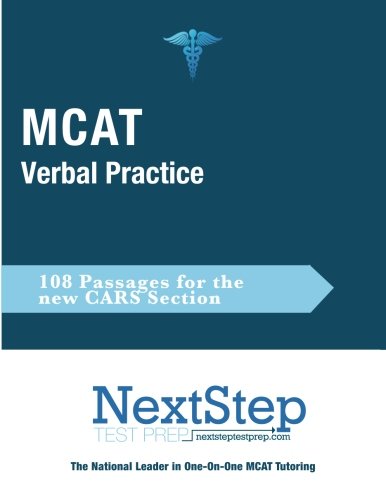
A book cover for MCAT Verbal Practice: 108 Passages for the new CARS Section; Bryan Schnedeker; Test Preparation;